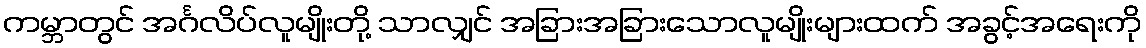
ကမ္ဘာတွင် အင်္ဂလိပ်လူမျိုးတို့ သာလျှင် အခြားအခြားသောလူမျိုးများထက် အခွင့်အရေးကို